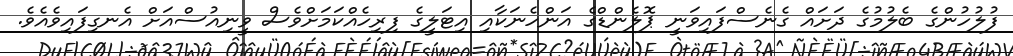
ފުލުުހުންގެ ބެލުމުގެ ދަށައް ގެނެސްފައިވަނީ ޕޮލެންޑްގެ އަންހެނަކާއި އިޓަލީގެ ފިރިހެއްކަމަށްވެސް ވީނިއުސްއަށް އެނގިފައިވެއެވެ.